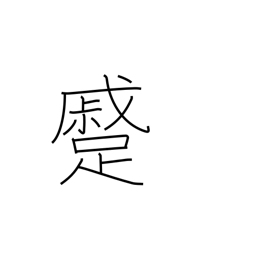
Meaning: approaching